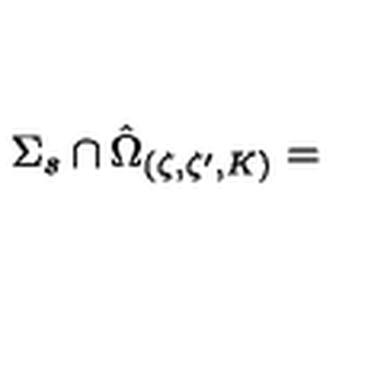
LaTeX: { \Sigma _ { s } } \cap \hat { \Omega } _ { \left( \zeta , \zeta ^ { \prime } , K \right) } =